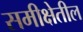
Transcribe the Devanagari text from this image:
समीक्षेतील